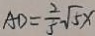
A D = \frac { 2 } { 5 } \sqrt { 5 } x